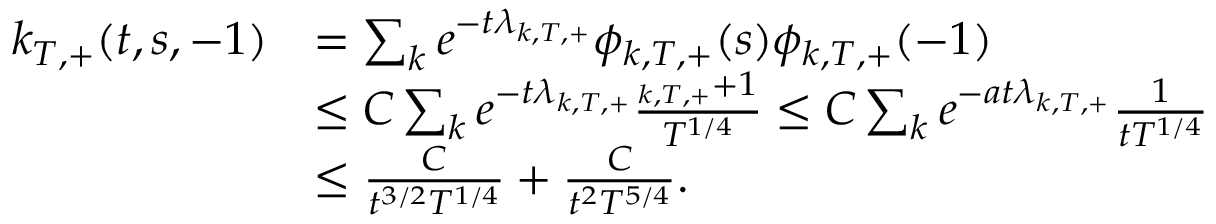
\begin{array} { r l } { k _ { T , + } ( t , s , - 1 ) } & { = \sum _ { k } e ^ { - t \lambda _ { k , T , + } } \phi _ { k , T , + } ( s ) \phi _ { k , T , + } ( - 1 ) } \\ & { \leq C \sum _ { k } e ^ { - t \lambda _ { k , T , + } } \frac { { \l _ { k , T , + } + 1 } } { T ^ { 1 / 4 } } \leq C \sum _ { k } e ^ { - a t \lambda _ { k , T , + } } \frac { 1 } { { t } T ^ { 1 / 4 } } } \\ & { \leq \frac { C } { t ^ { 3 / 2 } T ^ { 1 / 4 } } + \frac { C } { { t } ^ { 2 } T ^ { 5 / 4 } } . } \end{array}